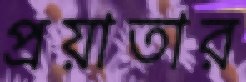
প্রয়াতার